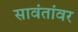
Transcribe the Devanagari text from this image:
सावंतांवर